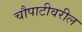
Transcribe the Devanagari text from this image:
चौपाटीवरील